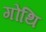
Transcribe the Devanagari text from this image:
गोथि